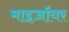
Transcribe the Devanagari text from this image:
माइज़ॉयर